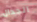
الجدال